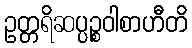
ဥတ္တရိဆပ္ပဉ္စဝါစာဟီတိ